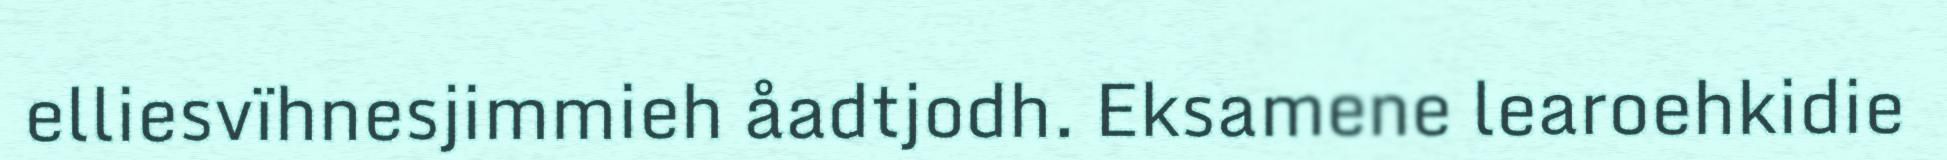
elliesvïhnesjimmieh åadtjodh. Eksamene learoehkidie